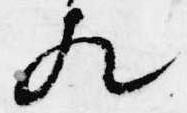
歟